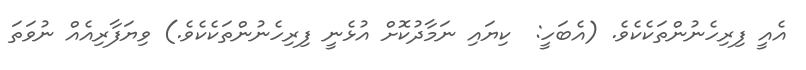
އެއީ ފިރިހެނުންތަކެކެވެ. (އެބަހީ:  ކިޔައި ނަމާދުކޮށް އުޅެނީ ފިރިހެނުންތަކެކެވެ.) ވިޔަފާރިއެއް ނުވަތަ